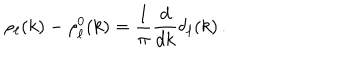
\rho _ { \ell } ( k ) - \rho _ { \ell } ^ { 0 } ( k ) = \frac { 1 } { \pi } \frac { d } { d k } \delta _ { \ell } ( k ) \, .